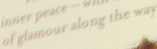
of glamour along the way